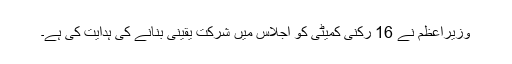
وزیراعظم نے 16 رکنی کمیٹی کو اجلاس میں شرکت یقینی بنانے کی ہدایت کی ہے۔